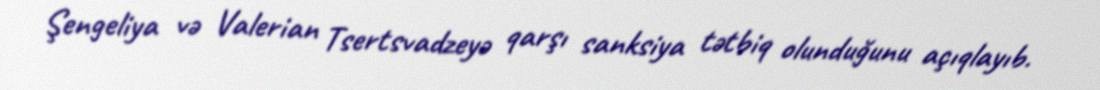
Şengeliya və Valerian Tsertsvadzeyə qarşı sanksiya tətbiq olunduğunu açıqlayıb.